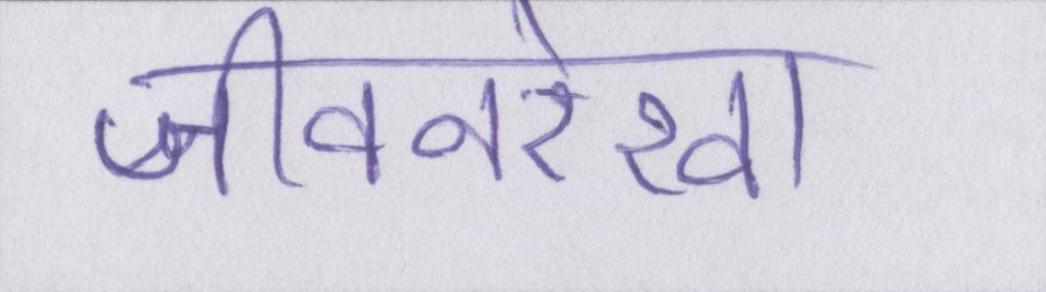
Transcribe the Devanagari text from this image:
जीवनरेखा